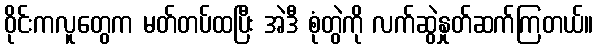
ဝိုင်းကလူတွေက မတ်တပ်ထပြီး အဲဒီ စုံတွဲကို လက်ဆွဲနှုတ်ဆက်ကြတယ်။